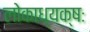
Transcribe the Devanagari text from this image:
लोकाध्यक्षः